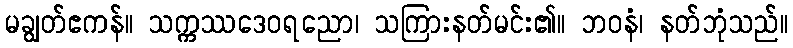
မချွတ်ဧကန်။ သက္ကဿဒေဝရညော၊ သကြားနတ်မင်း၏။ ဘဝနံ၊ နတ်ဘုံသည်။